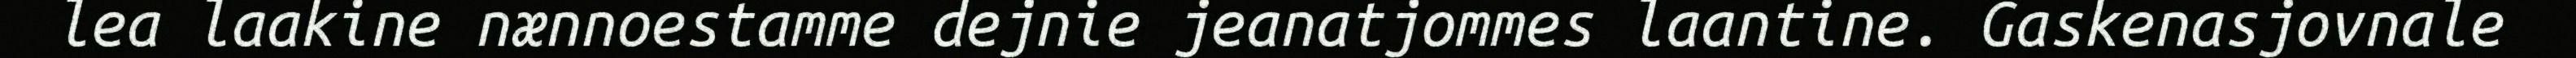
lea laakine nænnoestamme dejnie jeanatjommes laantine. Gaskenasjovnale